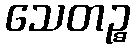
သေတဉ္စ